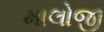
માલોજી